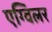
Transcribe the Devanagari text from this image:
एग्विलर